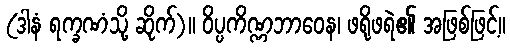
(ဒါနံ ရက္ခဏံသို့ ဆိုက်)။ ဝိပ္ပကိဏ္ဏဘာဝေန၊ ဖရိုဖရဲ၏ အဖြစ်ဖြင့်။